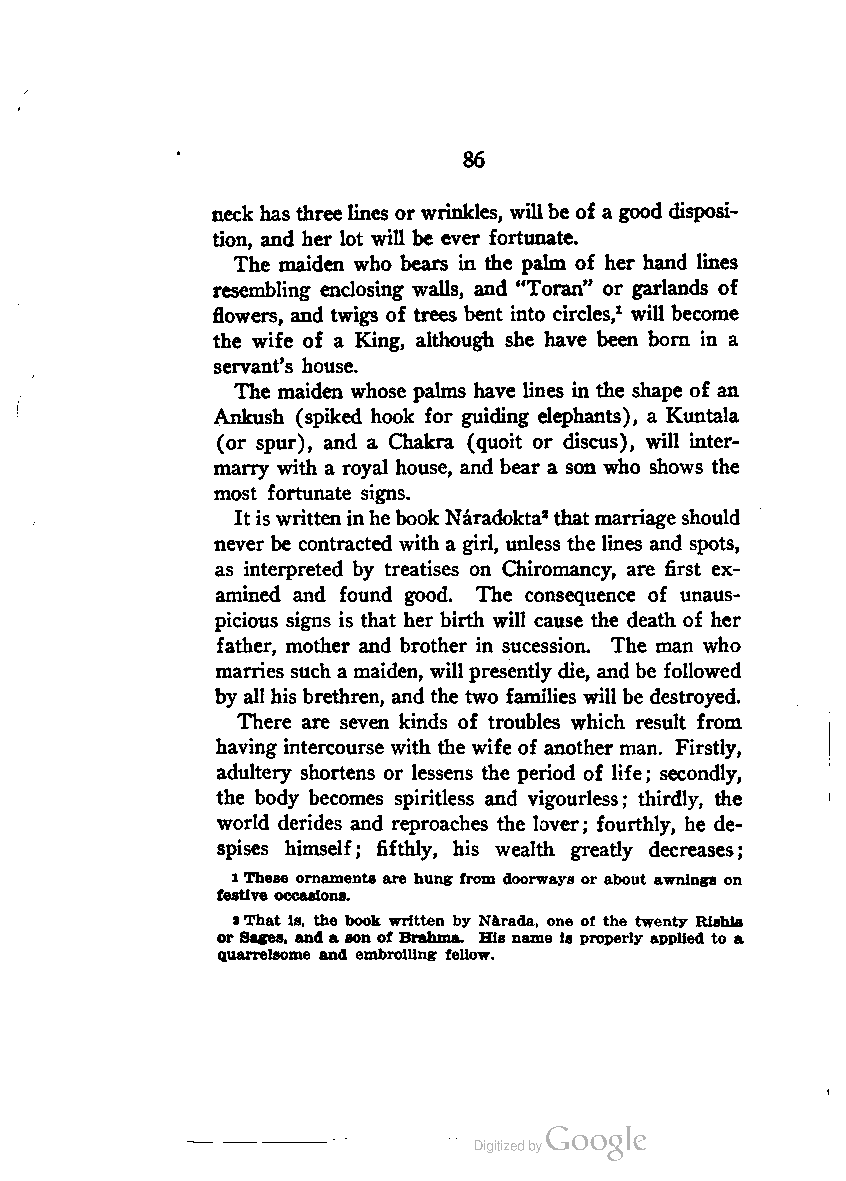
86
 neck has threelines or wrinkles, willbe of a good disposi
 tion, and her lot will be ever fortunate.
 The maiden who bears in the palm of her hand lines
 resembling enclosing walls, and "Toran" or garlands of
 flowers, and twigs of trees bent into circles,1 will become
 the wife of a King, although she have been born in a
 servant's house.
 The maiden whose palms have lines in the shape of an
 Ankush (spiked hook for guiding elephants), a Kuntala
 (or spur), and a Chakra (quoit or discus), will inter
 marry with a royal house, and bear a son who shows the
 most fortunate signs.
 It is writteninhebook Naradokta2that marriageshould
 never be contracted with a girl, unless the lines and spots,
 as interpreted by treatises on Chiromancy, are first ex
 amined and found good. The consequence of unaus-
 picious signs is that her birth will cause the death of her
 father, mother and brother in sucession. The man who
 marries such a maiden, will presently die, and be followed
 by all his brethren, and the two families will be destroyed.
 There are seven kinds of troubles which result from
 having intercourse with the wife of another man. Firstly,
 adultery shortens or lessens the period of life; secondly,
 the body becomes spiritless and vigourless; thirdly, the
 world derides and reproaches the lover; fourthly, he de
 spises himself; fifthly, his wealth greatly decreases;
 1These ornaments are hung from doorways or about awnings on
 festive occasions.
 2That is, the book written by Narada, one of the twenty Rishia
 or Sages, and a son of Brahma. His name is properly applied to a
 quarrelsome and embroiling fellow.